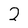
Character: 2